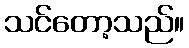
သင်တော့သည်။